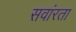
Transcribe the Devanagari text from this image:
सवांरता